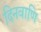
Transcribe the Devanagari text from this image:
दिनवाणि